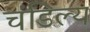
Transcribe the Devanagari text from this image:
चंडिल्य